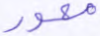
محور